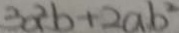
3 a ^ { 2 } b + 2 a b ^ { 2 }